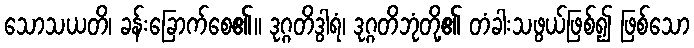
သောသယတိ၊ ခန်းခြောက်စေ၏။ ဒုဂ္ဂတိဒွါရံ၊ ဒုဂ္ဂတိဘုံတို့၏ တံခါးသဖွယ်ဖြစ်၍ ဖြစ်သော